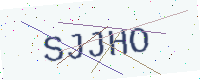
Text: SJJHO